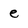
Character: e